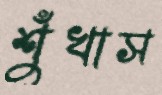
শুঁখাস